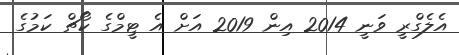
އެލެގްރީ ވަނީ 2014 އިން 2019 އަށް އެ ޓީމްގެ ކޯޗް ކަމުގެ